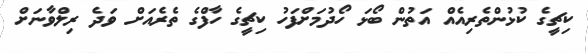
ކިޗީގެ ކުޅުންތެރިއެއް އަތުން ބޯޅަ ހޯދުމަށްފަހު ކިޗީގެ ހާފްގެ ތެރެއަށް ވަދެ ރިލްވާނަށް